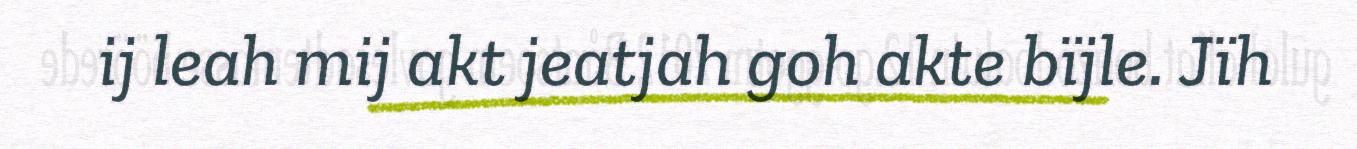
ij leah mij akt jeatjah goh akte bïjle. Jïh